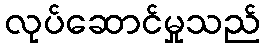
လုပ်ဆောင်မှုသည်